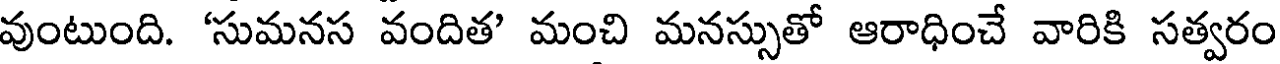
వుంటుంది. 'సుమనస వందిత' మంచి మనస్సుతో ఆరాధించే వారికి సత్వరం